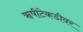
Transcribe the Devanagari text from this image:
ॠषीटेकडीवर